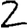
Digit: 2